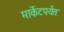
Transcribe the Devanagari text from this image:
मार्केटपर्यंत